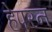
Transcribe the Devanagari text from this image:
हेपरन